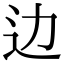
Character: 边